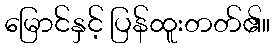
မြောင်နှင့် ပြန်ထူးတတ်၏။